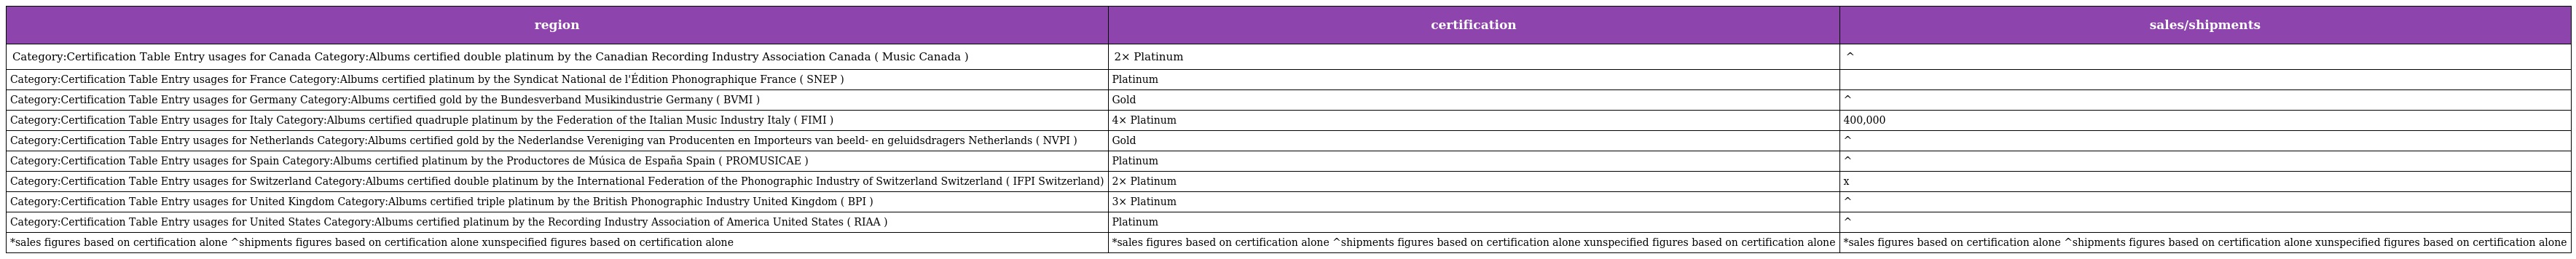
| region | certification | sales/shipments |
 | --- | --- | --- |
 | Category:Certification Table Entry usages for Canada Category:Albums certified double platinum by the Canadian Recording Industry Association Canada ( Music Canada ) | 2× Platinum | ^ |
 | Category:Certification Table Entry usages for France Category:Albums certified platinum by the Syndicat National de l'Édition Phonographique France ( SNEP ) | Platinum |  |
 | Category:Certification Table Entry usages for Germany Category:Albums certified gold by the Bundesverband Musikindustrie Germany ( BVMI ) | Gold | ^ |
 | Category:Certification Table Entry usages for Italy Category:Albums certified quadruple platinum by the Federation of the Italian Music Industry Italy ( FIMI ) | 4× Platinum | 400,000 |
 | Category:Certification Table Entry usages for Netherlands Category:Albums certified gold by the Nederlandse Vereniging van Producenten en Importeurs van beeld- en geluidsdragers Netherlands ( NVPI ) | Gold | ^ |
 | Category:Certification Table Entry usages for Spain Category:Albums certified platinum by the Productores de Música de España Spain ( PROMUSICAE ) | Platinum | ^ |
 | Category:Certification Table Entry usages for Switzerland Category:Albums certified double platinum by the International Federation of the Phonographic Industry of Switzerland Switzerland ( IFPI Switzerland) | 2× Platinum | x |
 | Category:Certification Table Entry usages for United Kingdom Category:Albums certified triple platinum by the British Phonographic Industry United Kingdom ( BPI ) | 3× Platinum | ^ |
 | Category:Certification Table Entry usages for United States Category:Albums certified platinum by the Recording Industry Association of America United States ( RIAA ) | Platinum | ^ |
 | *sales figures based on certification alone ^shipments figures based on certification alone xunspecified figures based on certification alone | *sales figures based on certification alone ^shipments figures based on certification alone xunspecified figures based on certification alone | *sales figures based on certification alone ^shipments figures based on certification alone xunspecified figures based on certification alone |